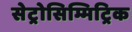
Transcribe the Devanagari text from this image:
सेट्रोसिम्मिट्रिक